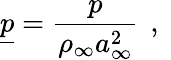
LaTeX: \underline{{p}}=\frac{p}{\rho_{\infty}a_{\infty}^{2}}\, \mathrm{~,~}